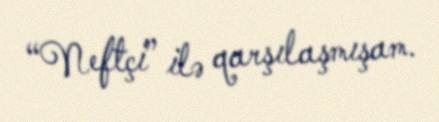
“Neftçi” ilə qarşılaşmışam.